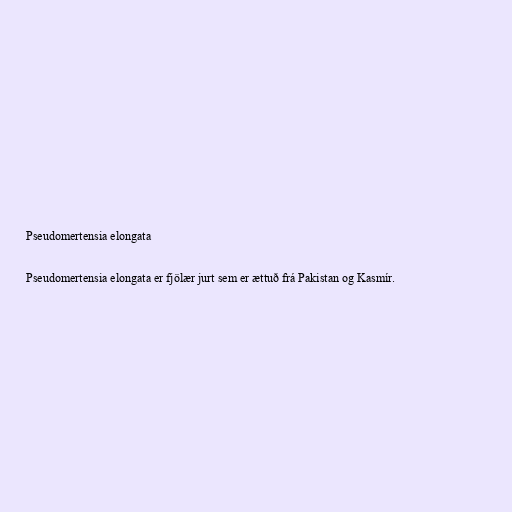
Pseudomertensia elongata

Pseudomertensia elongata er fjölær jurt sem er ættuð frá Pakistan og Kasmír.